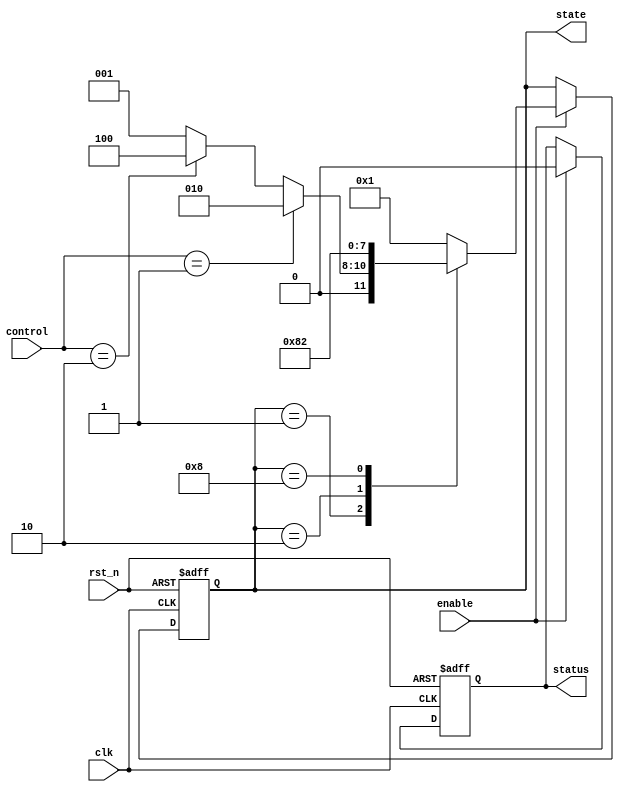
module PreConfiguredStateInitialization(
    input wire clk,               // Clock input
    input wire rst_n,             // Active-low reset signal
    input wire enable,            // Enable signal (optional)
    input wire [1:0] control,     // Other control inputs (example)
    output reg [3:0] state,       // Current state output (4-state FSM)
    output reg status             // Status signal (initializing or operational)
);

// State definition
parameter S0 = 4'b0001; // Predefined initial state
parameter S1 = 4'b0010; // Other states
parameter S2 = 4'b0100;
parameter S3 = 4'b1000;

// Internal state variable
reg [3:0] next_state;

// State transition logic
always @ (posedge clk or negedge rst_n) begin
    if (!rst_n) begin
        state <= S0; // Reset to predefined initial state
        status <= 1'b1; // Indicate initializing phase
    end else if (enable) begin
        state <= next_state; // Transition to the next state
        status <= 1'b0; // Indicate operational phase
    end
end

// Next state logic based on current state and control inputs
always @ (*) begin
    case (state)
        S0: begin
            if (control == 2'b01) begin
                next_state = S1; // Transition logic example
            end else if (control == 2'b10) begin
                next_state = S2;
            end else begin
                next_state = S0; // Stay in current state
            end
        end
        S1: begin
            // Define transitions for state S1
            next_state = S3; // Example transition
        end
        S2: begin
            // Define transitions for state S2
            next_state = S0; // Example transition
        end
        S3: begin
            // Define transitions for state S3
            next_state = S1; // Example transition
        end
        default: next_state = S0; // Default to initial state on unknown state
    endcase
end

endmodule